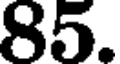
85.